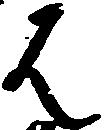
は